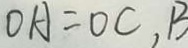
O A = O C , B